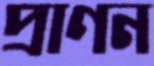
প্রাণন